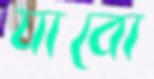
যাবো